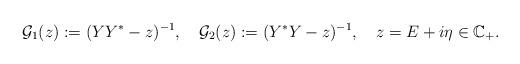
LaTeX: \begin{align*}\mathcal G_1(z):=(YY^{*}-z)^{-1} , \ \ \ \mathcal G_2 (z):=(Y^{*} Y-z)^{-1} , \ \ \ z=E+i\eta \in \mathbb{C}_{+}.\end{align*}